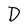
Character: D